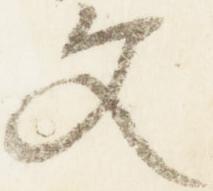
文